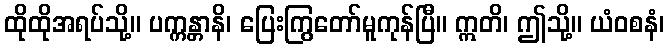
ထိုထိုအရပ်သို့။ ပက္ကန္တာနိ၊ ပြေးကြွတော်မူကုန်ပြီ။ ဣတိ၊ ဤသို့။ ယံဝစနံ၊